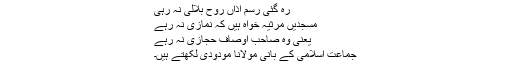
رہ گئی رسمِ اذاں روح بلالی نہ رہی
مسجدیں مرثیہ خواہ ہیں کہ نمازی نہ رہے
یعنی وہ صاحبِ اوصاف حجازی نہ رہے
جماعتِ اسلامی کے بانی مولانا مودودی لکھتے ہیں۔